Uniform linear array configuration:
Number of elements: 32
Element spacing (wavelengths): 0.25
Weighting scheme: hamming
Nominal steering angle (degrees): -60
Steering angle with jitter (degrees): -58.813
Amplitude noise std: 0.05
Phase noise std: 0.05

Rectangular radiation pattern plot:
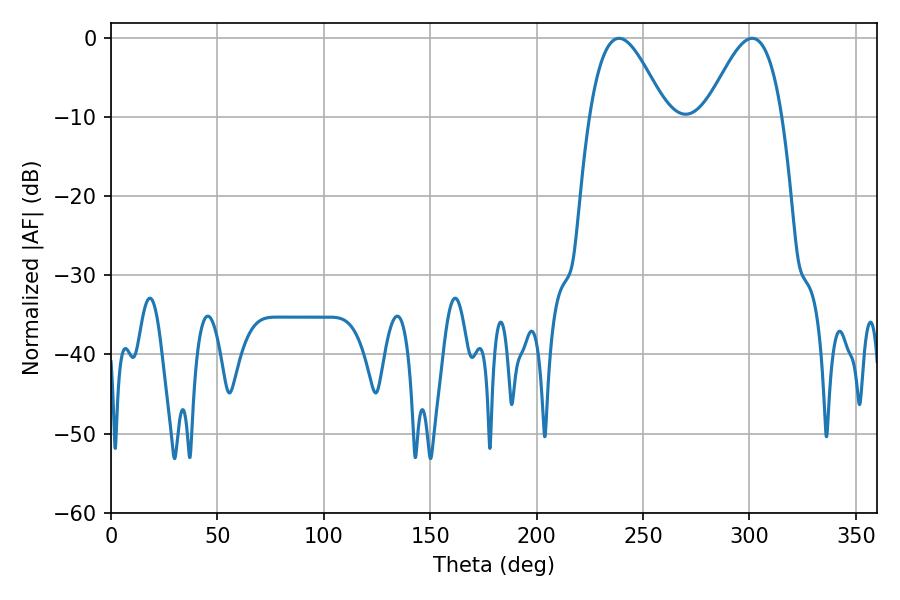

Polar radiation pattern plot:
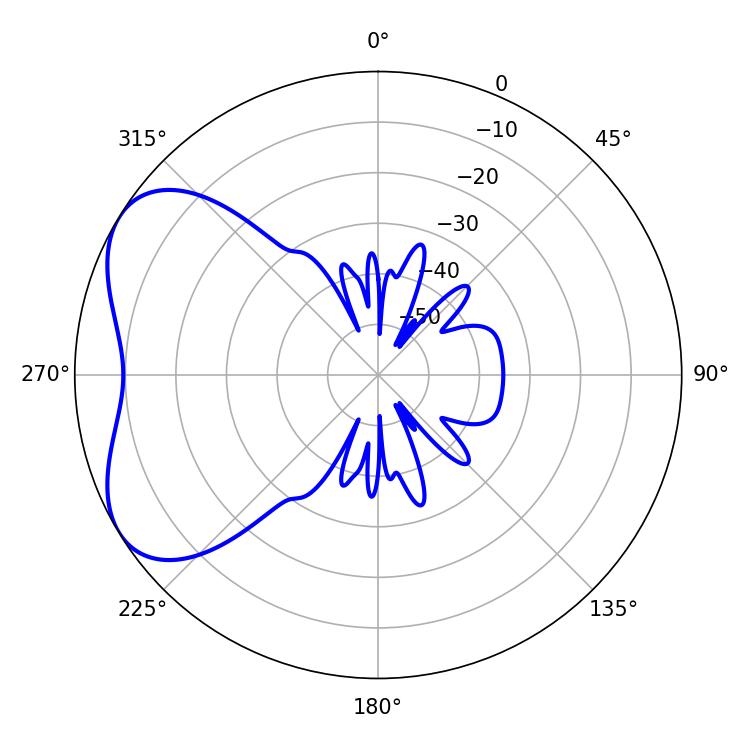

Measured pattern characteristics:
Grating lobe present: FALSE
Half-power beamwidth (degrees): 19.26
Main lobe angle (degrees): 238.68